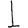
Digit: 1